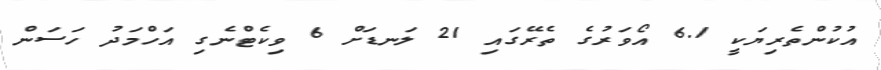
އުކުންތެރިޔަކީ 6.1 އޯވަރުގެ ތެރޭގައި 21 ލަނޑަށް 6 ވިކެޓްނެގި އަހްމަދު ހަސަން